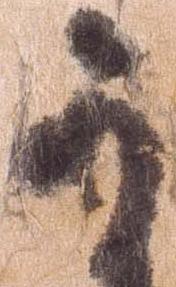
か